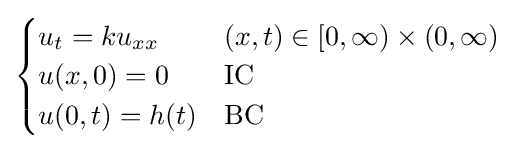
{\begin{cases}u_{t}=ku_{xx}&(x,t)\in [0,\infty )\times (0,\infty )\\u(x,0)=0&{\text{IC}}\\u(0,t)=h(t)&{\text{BC}}\end{cases}}